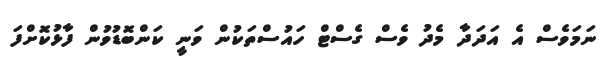
ނަމަވެސް އެ އަދަދާ މެދު ވެސް ގެސްޓް ހައުސްތަކުން ވަނީ ކަންބޮޑުވުން ފާޅުކޮށްފަ